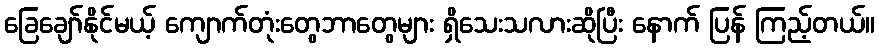
ခြေချော်နိုင်မယ့် ကျောက်တုံးတွေဘာတွေများ ရှိသေးသလားဆိုပြီး နောက် ပြန် ကြည့်တယ်။